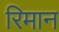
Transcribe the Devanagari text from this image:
रिमान